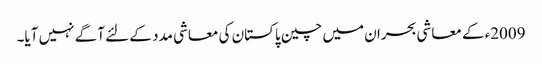
2009ءکے معاشی بحران میں چین پاکستان کی معاشی مدد کے لئے آگے نہیں آیا۔